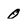
Character: 0